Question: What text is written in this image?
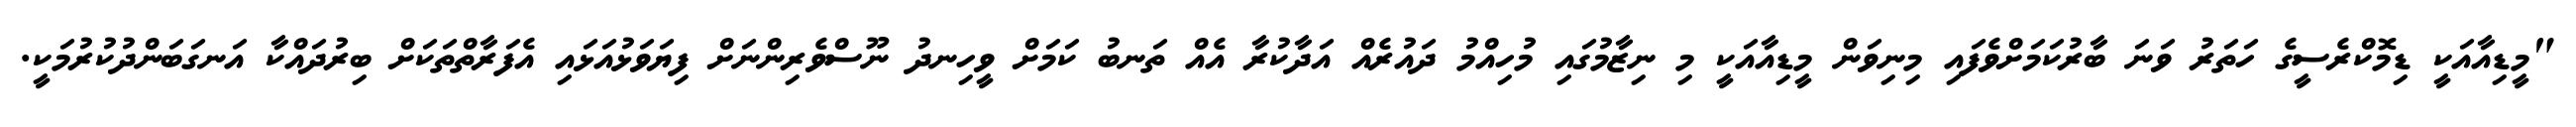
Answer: "މީޑިއާއަކީ ޑިމޮކްރެސީގެ ހަތަރު ވަނަ ބާރުކަމަށްވެފައި މިނިވަން މީޑިއާއަކީ މި ނިޒާމުގައި މުހިއްމު ދައުރެއް އަދާކުރާ އެއް ތަނބު ކަމަށް ވީހިނދު ނޫސްވެރިންނަށް ފިޔަވަޅުއަޅައި އެފަރާތްތަކަށް ބިރުދައްކާ އަނގަބަންދުކުރުމަކީ.